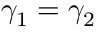
\gamma _ { 1 } = \gamma _ { 2 }